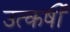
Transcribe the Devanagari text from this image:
उत्कर्षी